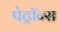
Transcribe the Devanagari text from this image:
पेट्रॉन्स